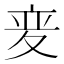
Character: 𫯌